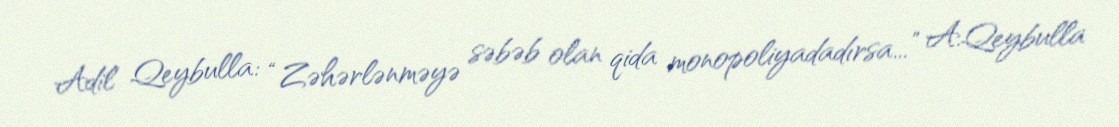
Adil Qeybulla: “Zəhərlənməyə səbəb olan qida monopoliyadadırsa...” A.Qeybulla